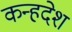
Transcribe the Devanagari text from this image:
कन्हदेश